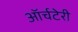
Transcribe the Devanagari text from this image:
ऑर्चटेरी